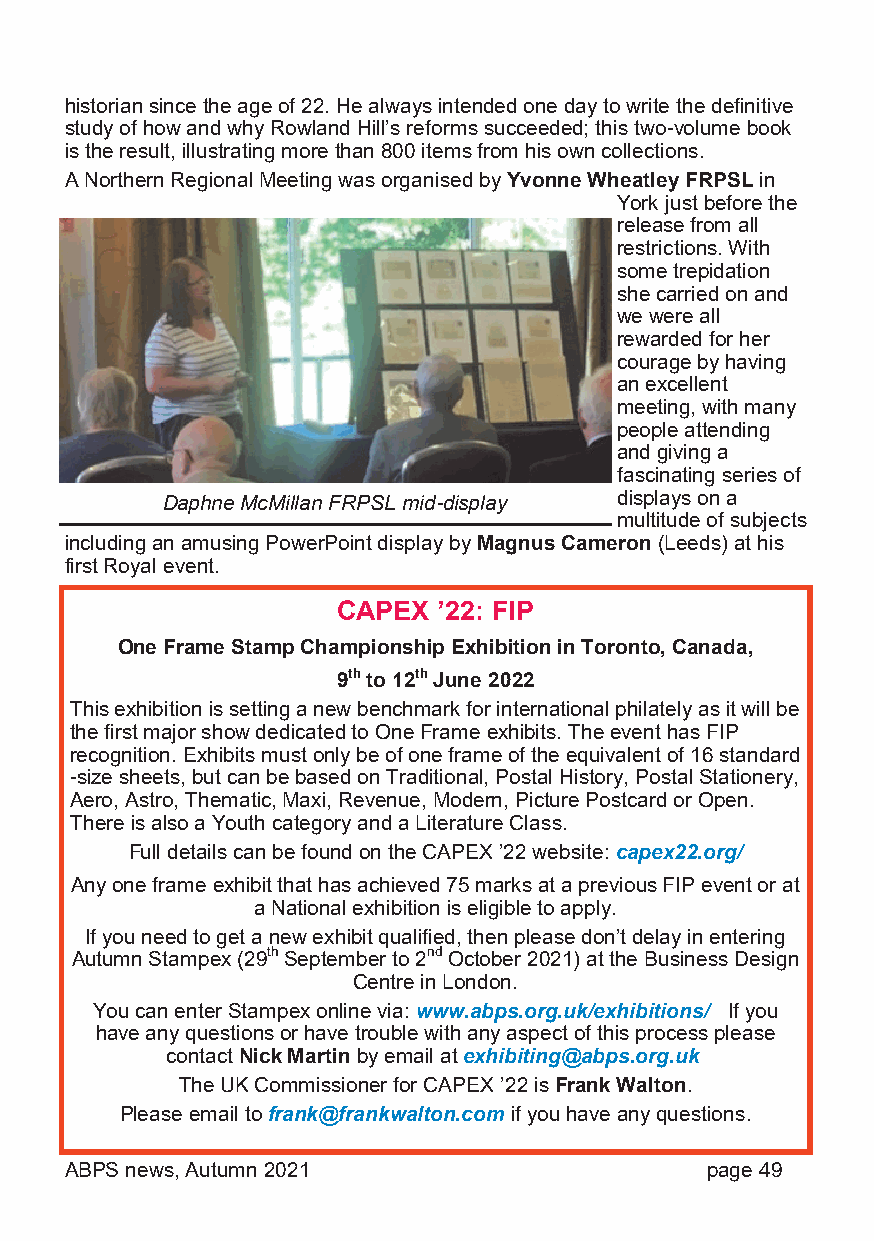
historian since the age of 22. He always intended one day to write the definitive
 study of how and why Rowland Hill’s reforms succeeded; this two-volume book
 is the result, illustrating more than 800 items from his own collections.
 A Northern Regional Meeting was organised by Yvonne Wheatley FRPSL in
 York just before the
 release from all
 restrictions. With
 some trepidation
 she carried on and
 we were all
 rewarded for her
 courage by having
 an excellent
 meeting, with many
 people attending
 and giving a
 fascinating series of
 Daphne McMillan FRPSL mid-display displays on a
 multitude of subjects
 including an amusing PowerPoint display by Magnus Cameron (Leeds) at his
 first Royal event.
 CAPEX  ’22: FIP
 One Frame Stamp Championship Exhibition in Toronto, Canada,
 9th to 12th June 2022
 This exhibition is setting a new benchmark for international philately as it will be
 the first major show dedicated to One Frame exhibits. The event has FIP
 recognition. Exhibits must only be of one frame of the equivalent of 16 standard
 -size sheets, but can be based on Traditional, Postal History, Postal Stationery,
 Aero, Astro, Thematic, Maxi, Revenue, Modern, Picture Postcard or Open.
 There is also a Youth category and a Literature Class.
 Full details can be found on the CAPEX ’22 website: capex22.org/
 Any one frame exhibit that has achieved 75 marks at a previous FIP event or at
 a National exhibition is eligible to apply.
 If you need to get a new exhibit qualified, then please don’t delay in entering
 Autumn Stampex (29th September to 2nd October 2021) at the Business Design
 Centre in London.
 You can enter Stampex online via: www.abps.org.uk/exhibitions/ If you
 have any questions or have trouble with any aspect of this process please
 contact Nick Martin by email at exhibiting@abps.org.uk
 The UK Commissioner for CAPEX ’22 is Frank Walton.
 Please email to frank@frankwalton.com if you have any questions.
 ABPS news, Autumn 2021                     page 49